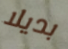
بديلا